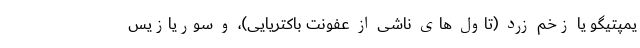
یمپتیگو یا زخم زرد (تاول های ناشی از عفونت باکتریایی)، و سوریازیس